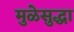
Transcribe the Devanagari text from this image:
मुळेसुद्धा